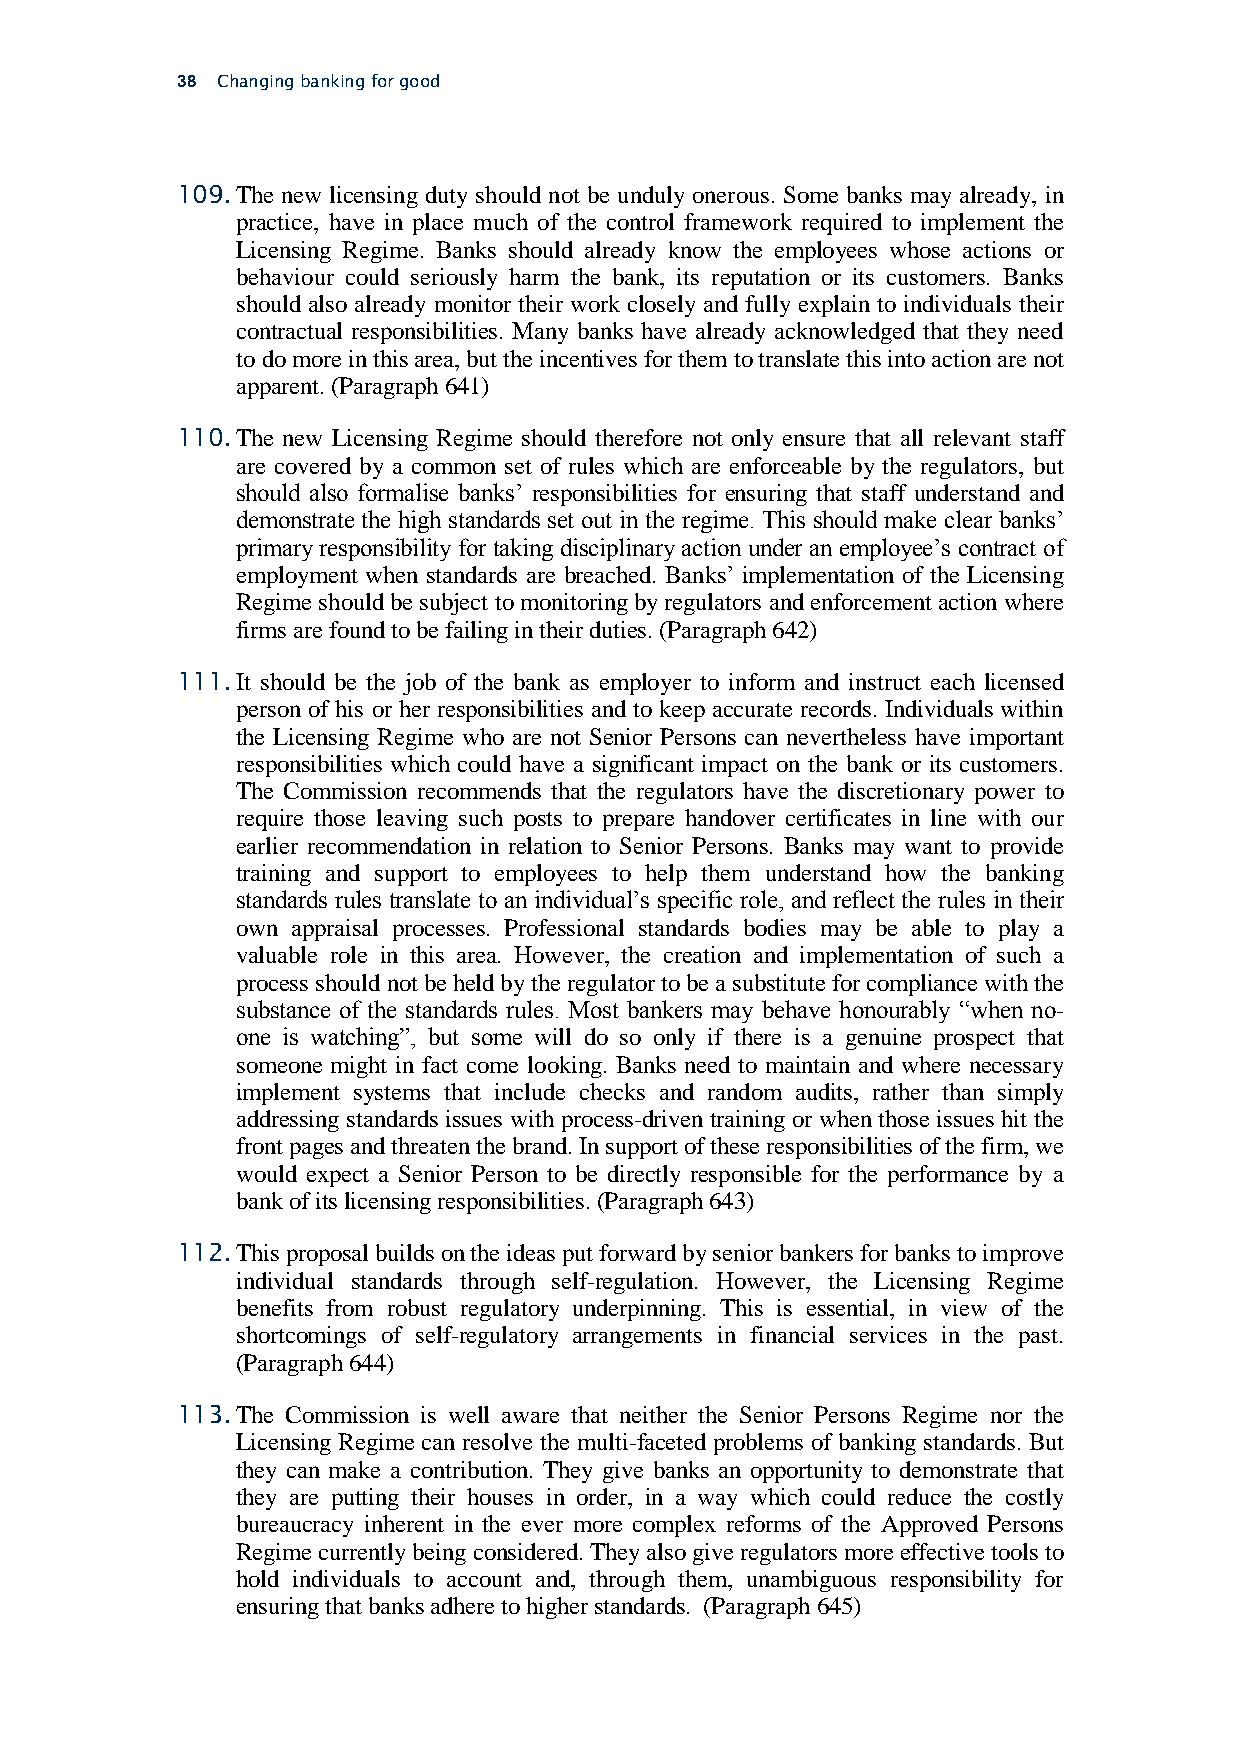
38 Changing banking for good
 109. The new licensing duty should not be unduly onerous. Some banks may already, in
 practice, have in place much of the control framework required to implement the
 Licensing Regime. Banks should already know the employees whose actions or
 behaviour could seriously harm the bank, its reputation or its customers. Banks
 should also already monitor their work closely and fully explain to individuals their
 contractual responsibilities. Many banks have already acknowledged that they need
 to do more in this area, but the incentives for them to translate this into action are not
 apparent. (Paragraph 641)
 110. The new Licensing Regime should therefore not only ensure that all relevant staff
 are covered by a common set of rules which are enforceable by the regulators, but
 should also formalise banks’ responsibilities for ensuring that staff understand and
 demonstrate the high standards set out in the regime. This should make clear banks’
 primary responsibility for taking disciplinary action under an employee’s contract of
 employment when standards are breached. Banks’ implementation of the Licensing
 Regime should be subject to monitoring by regulators and enforcement action where
 firms are found to be failing in their duties. (Paragraph 642)
 111. It should be the job of the bank as employer to inform and instruct each licensed
 person of his or her responsibilities and to keep accurate records. Individuals within
 the Licensing Regime who are not Senior Persons can nevertheless have important
 responsibilities which could have a significant impact on the bank or its customers.
 The Commission recommends that the regulators have the discretionary power to
 require those leaving such posts to prepare handover certificates in line with our
 earlier recommendation in relation to Senior Persons. Banks may want to provide
 training and support to employees to help them understand how the banking
 standards rules translate to an individual’s specific role, and reflect the rules in their
 own appraisal processes. Professional standards bodies may be able to play a
 valuable role in this area. However, the creation and implementation of such a
 process should not be held by the regulator to be a substitute for compliance with the
 substance of the standards rules. Most bankers may behave honourably “when no-
 one is watching”, but some will do so only if there is a genuine prospect that
 someone might in fact come looking. Banks need to maintain and where necessary
 implement systems that include checks and random audits, rather than simply
 addressing standards issues with process-driven training or when those issues hit the
 front pages and threaten the brand. In support of these responsibilities of the firm, we
 would expect a Senior Person to be directly responsible for the performance by a
 bank of its licensing responsibilities. (Paragraph 643)
 112. This proposal builds on the ideas put forward by senior bankers for banks to improve
 individual standards through self-regulation. However, the Licensing Regime
 benefits from robust regulatory underpinning. This is essential, in view of the
 shortcomings of self-regulatory arrangements in financial services in the past.
 (Paragraph 644)
 113. The Commission is well aware that neither the Senior Persons Regime nor the
 Licensing Regime can resolve the multi-faceted problems of banking standards. But
 they can make a contribution. They give banks an opportunity to demonstrate that
 they are putting their houses in order, in a way which could reduce the costly
 bureaucracy inherent in the ever more complex reforms of the Approved Persons
 Regime currently being considered. They also give regulators more effective tools to
 hold individuals to account and, through them, unambiguous responsibility for
 ensuring that banks adhere to higher standards. (Paragraph 645)